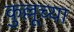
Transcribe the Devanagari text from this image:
कुल्लूच्या